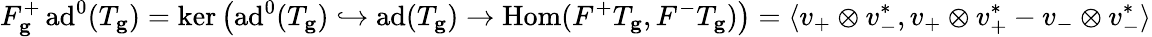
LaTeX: F_{\mathbf{g}}^{+}\, \mathrm{ad}^{0}(T_{\mathbf{g}})=\ker\left(\mathrm{ad}^{0}(T_{\mathbf{g}})\hookrightarrow\mathrm{ad}(T_{\mathbf{g}})\to\mathrm{Hom}(F^{+}T_{\mathbf{g}},F^{-}T_{\mathbf{g}})\right)=\langle v_{+}\otimes v_{-}^{*},v_{+}\otimes v_{+}^{*}-v_{-}\otimes v_{-}^{*}\rangle